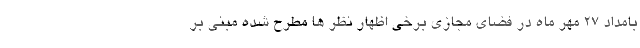
بامداد 27 مهر ماه در فضای مجازی برخی اظهار نظر ها مطرح شده مبنی بر